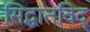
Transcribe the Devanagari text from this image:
सिद्धांतविद्